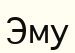
Эму